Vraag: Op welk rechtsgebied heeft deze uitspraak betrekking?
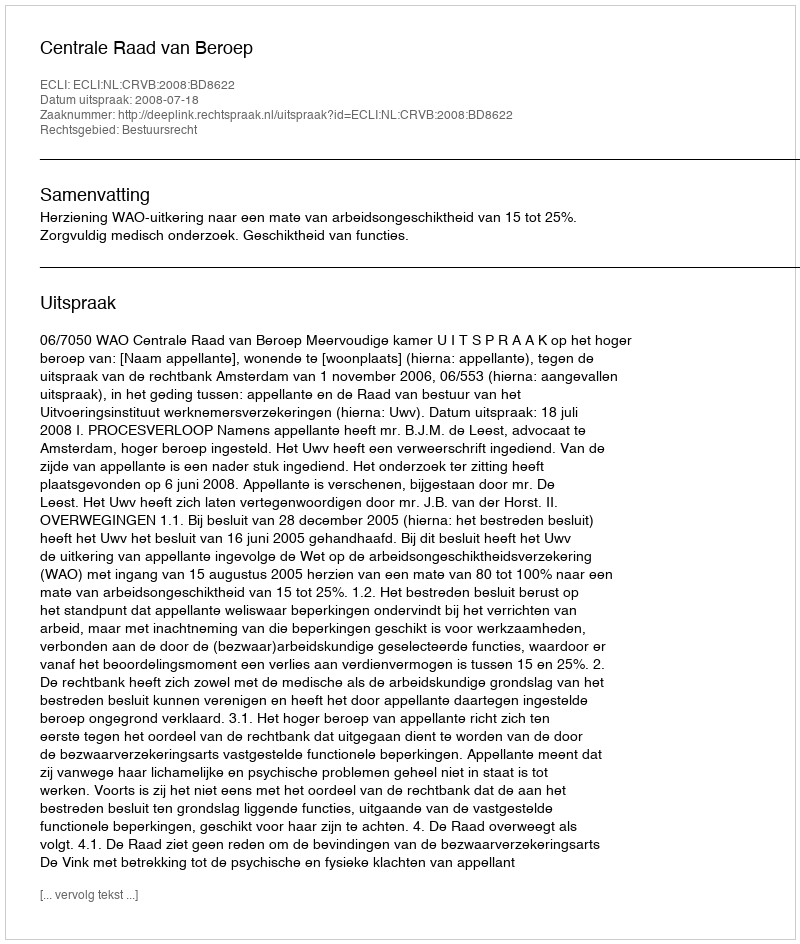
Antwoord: Bestuursrecht